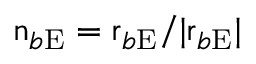
\boldsymbol { \mathrm { n } } _ { b \mathrm { E } } = \boldsymbol { \mathrm { r } } _ { b \mathrm { E } } / | \boldsymbol { \mathrm { r } } _ { b \mathrm { E } } |